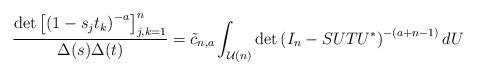
LaTeX: \begin{align*} \frac{\det \left[\left(1-s_j t_k\right)^{-a} \right]_{j,k=1}^n}{\Delta(s) \Delta(t)} = \tilde{c}_{n,a} \int_{\mathcal U(n)} \det \left(I_n-SUTU^*\right)^{-(a+n-1)} dU\end{align*}